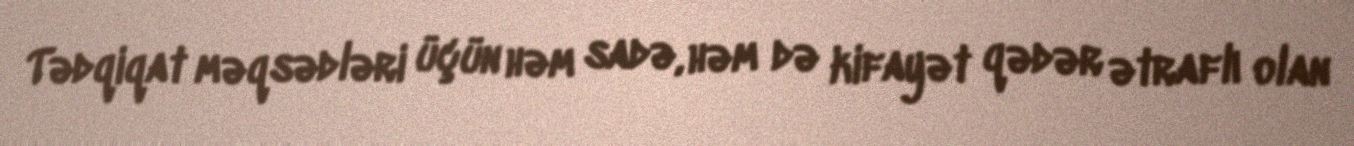
Tədqiqat məqsədləri üçün həm sadə, həm də kifayət qədər ətraflı olan